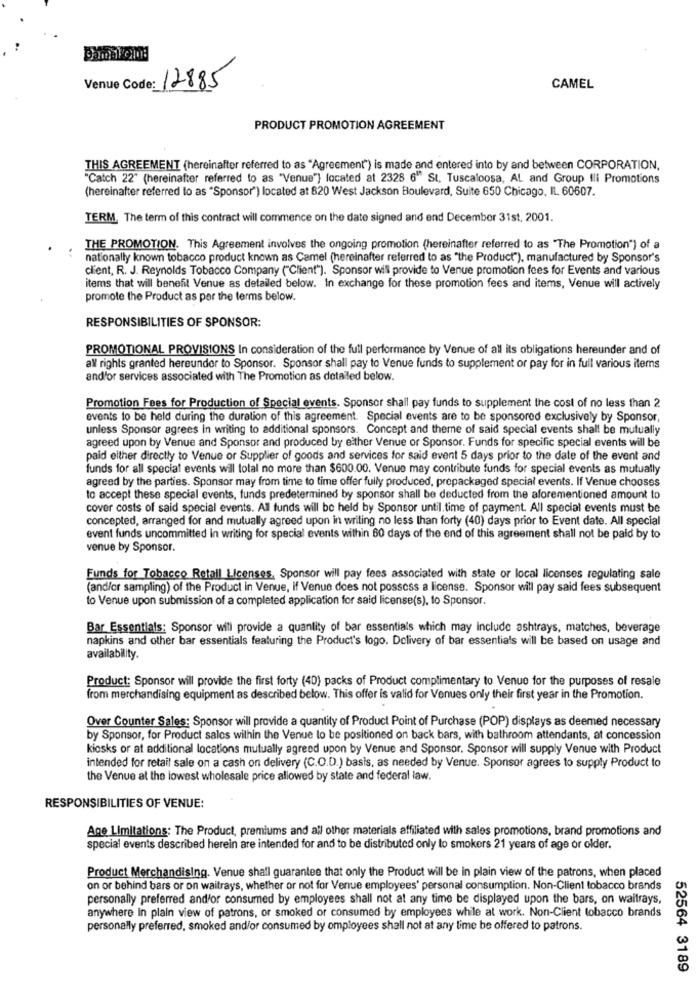
Venue Code:
12885
CAMEL
PRODUCT PROMOTION AGREEMENT
THIS AGREEMENT (hereinafter referred to as "Agreement") is made and entered into by and between CORPORATION.
"Catch 22" (hereinafter referred to as "Venue"} located at 2328 6" St. Tuscaloosa, AL and Group Ili Promotions
(hereinafter referred to as "Sponsor") located at 820 West Jackson Boulevard, Suite 650 Chicago, IL. 60607.
TERM, The term of this contract will commence on the date signed and end December 31st, 2001.
THE PROMOTION. This Agreement involves the ongoing promotion (hereinafter referred to as "The Promotion") of a
nationally known tobacco product known as Camel (hereinafter referred to as "the Product"), manufactured by Sponsor's
client, R. J. Reynolds Tobacco Company ("Client"). Sponsor will provide to Venue promotion fees for Events and various
items that will benefit Venue as detailed below. In exchange for these promotion fees and items, Venue will actively
promote the Product as por the terms below.
RESPONSIBILITIES OF SPONSOR:
PROMOTIONAL PROVISIONS In consideration of the full performance by Venue of all its obligations hereunder and of
all' rights granted hereunder to Sponsor. Sponsor shall pay to Venue funds to supplement or pay for in full various items
and'or services associated with The Promotion as detailed below.
Promotion Fees for Production of Special events. Sponsor shall pay funds to supplement the cost of no less than 2
events to be held during the duration of this agreement. Special events are to be sponsored exclusively by Sponsor,
unless Sponsor agrees in writing to additional sponsors. Concept and there of said special events shall be mutually
agreed upon by Venue and Sponsor and produced by either Venue or Sponsor. Funds for specific special events will be
paid either directly to Venue or Supplier of goods and services for said event 5 days prior to the date of the event and
funds for all special events will total no more than $600.00. Venue may contribute funds for special events as mutually
agreed by the parties. Sponsor may from time to time offer fully produced, prepackaged special events. If Venue chooses
to accept these special events, funds predetermined by sponsor shall be deducted from the aforementioned amount to
cover costs of said special events. All funds will be held by Sponsor until.time of payment. All special events must be
concepted, arranged for and mutually agreed upon in writing no less than forty (40) days prior to Event date. All special
event funds uncommitted in writing for special events within 60 days of the end of this agreement shall not be paid by to
venue by Sponsor.
Funds for Tobacco Retall Licenses, Sponsor will pay fees associated with state or local licenses regulating sale
(and/or sampling) of the Product in Venue, if Venue does not possess a license. Sponsor will pay said fees subsequent
to Venue upon submission of a completed application for said license(s), to Sponsor.
Bar Essentials: Sponsor will provide a quantity of bar essentials which may include ashtrays, matches, beverage
napkins and other bar essentials featuring the Product's logo. Delivery of bar essentials will be based on usage and
availability.
Product: Sponsor will provide the first forty (40) packs of Product complimentary to Venue for the purposes of resale
from merchandising equipment as described below. This offer is valid for Venues only their first year in the Promotion.
Over Counter Sales: Sponsor will provide a quantity of Product Point of Purchase (POP) displays as deemed necessary
by Sponsor, for Product sales within the Venue to be positioned on back bars, with bathroom attendants, at concession
kiosks or at additional locations mutually agreed upon by Venue and Sponsor. Sponsor will supply Venue with Product
intended for retail sale on a cash on delivery (C.O.D.) basis, as needed by Venue. Sponsor agrees to supply Product to
the Venue at the lowest wholesale price allowed by state and federal law.
RESPONSIBILITIES OF VENUE:
Age Limitations: The Product, premiums and all other materials affiliated with sales promotions, brand promotions and
special events described herein are intended for and to be distributed only to smokers 21 years of age or older.
Product Merchandising. Venue shall guarantee that only the Product will be in plain view of the patrons, when placed
on or behind bars or on waitrays, whether or not for Venue employees' personal consumption. Non-Client tobacco brands
personally preferred and/or consumed by employees shall not at any time be displayed upon the bars, on waitrays,
anywhere In plain view of patrons, or smoked or consumed by employees while at work. Non-Client tobacco brands
personally preferred, smoked and/or consumed by omployees shall not at any time be offered to patrons.
52564 3189